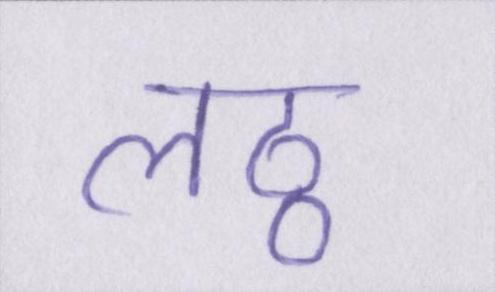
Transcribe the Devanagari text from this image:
लठ्ठ